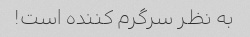
به نظر سرگرم کننده است!